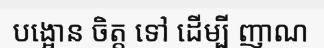
បង្អោន ចិត្ត ទៅ ដើម្បី ញាណ